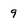
Character: 9